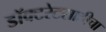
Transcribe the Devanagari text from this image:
डॉक्टरेटसाठीचा